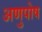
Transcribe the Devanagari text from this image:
अणुपोष